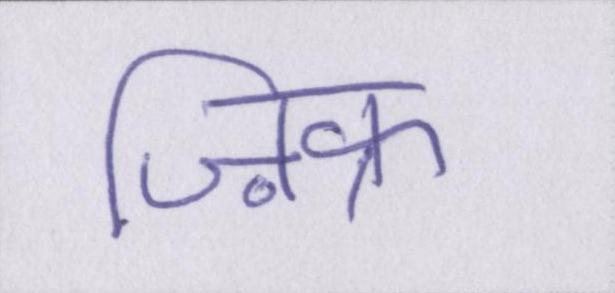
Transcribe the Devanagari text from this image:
ज़िक्र